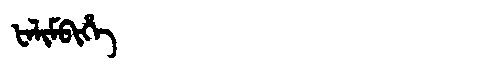
Manchu: ᡶᠠᠯᡳᠮᠪᡳᡥᡝ
Romanization: FALIMBIHE